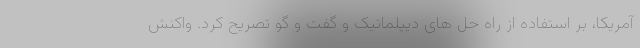
آمریکا، بر استفاده از راه حل های دیپلماتیک و گفت و گو تصریح کرد. واکنش